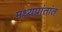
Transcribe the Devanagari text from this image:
मध्यप्रांतांत